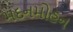
મદનમોહન